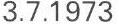
3.7.1973